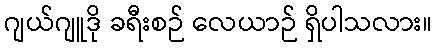
ဂျယ်ဂျူဒို ခရီးစဉ် လေယာဉ် ရှိပါသလား။